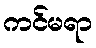
ကင်မရာ